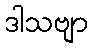
ဒါသဗျာ